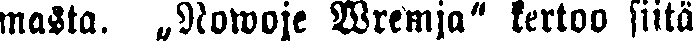
masta. „Nowoje Wremja" kertoo siitä